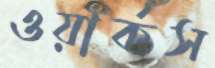
ওয়ার্কস